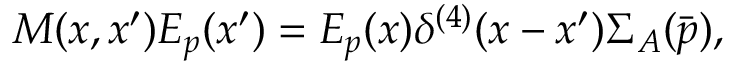
M ( x , x ^ { \prime } ) E _ { p } ( x ^ { \prime } ) = E _ { p } ( x ) \delta ^ { ( 4 ) } ( x - x ^ { \prime } ) { \Sigma } _ { A } ( \bar { p } ) ,